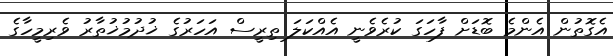
އެގޮތުން އެންމެ ބޮޑަށް ފާހަގަ ކުރެވެނީ އެއްކަލަ ތިރީސް އަހަރުގެ ޚުދުމުޚުތާރު ވެރިމީހާގެ